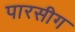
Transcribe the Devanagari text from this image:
पारसीग